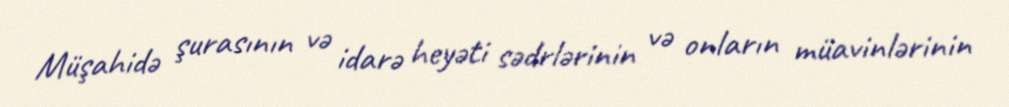
Müşahidə şurasının və idarə heyəti sədrlərinin və onların müavinlərinin